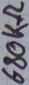
Text: 680KΩ